Mental hospitals Bombay report 1929-33 - 1929-1933
Year: 1929
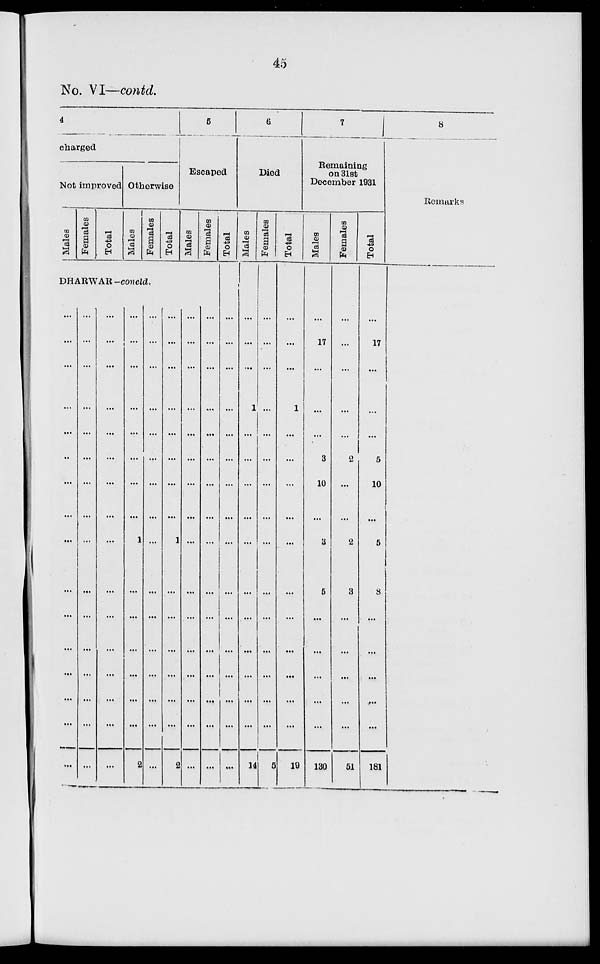
45
No. VI—contd.
4
charged
Not improved
Males
Females
Total
Otherwise
Males
Females
Total
5
Escaped
Males
Females
DHARWAR-concld.
...
...
...
...
...
...
...
...
...
...
...
...
...
...
...
...
...
...
...
...
...
...
...
...
...
...
...
...
...
...
...
...
...
...
...
...
...
...
...
...
...
...
...
...
...
...
...
...
...
...
...
...
...
...
...
...
1
...
...
...
...
...
...
2
...
...
...
...
...
...
...
...
...
...
...
...
...
...
...
...
...
...
...
...
...
...
...
...
1
...
...
...
...
...
...
2
...
...
...
...
...
...
...
...
...
...
...
...
...
...
...
...
...
...
...
...
...
...
...
...
...
...
...
...
...
...
...
...
Total
...
...
...
...
...
...
...
...
...
...
...
...
...
...
...
...
6
Died
Males
...
...
...
1
...
...
...
...
...
...
...
...
...
...
...
14
Females
...
...
...
...
...
...
...
...
...
...
...
...
...
...
...
5
Total
...
...
...
1
...
...
...
...
...
...
...
...
...
...
...
19
7
Remaining
on 31st
December 1931
Males
...
17
...
...
...
3
10
...
3
5
...
...
...
...
...
130
Females
...
...
...
...
...
2
...
...
2
3
...
...
...
...
...
51
Total
...
17
...
...
...
5
10
...
5
3
...
...
...
...
...
181
8
Remarks